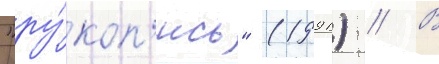
"ру́коп'ись" (1991) // В